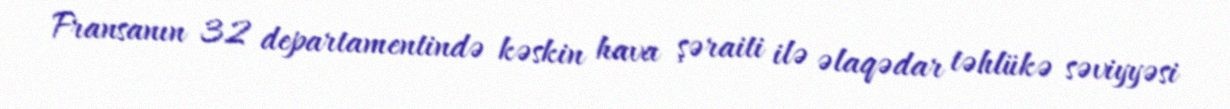
Fransanın 32 departamentində kəskin hava şəraiti ilə əlaqədar təhlükə səviyyəsi